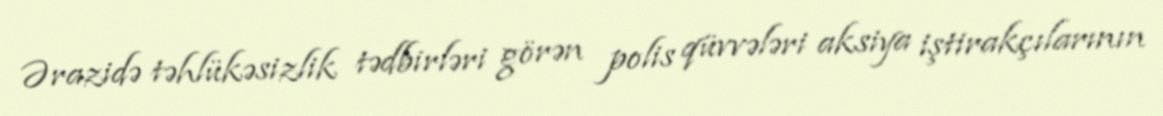
Ərazidə təhlükəsizlik tədbirləri görən polis qüvvələri aksiya iştirakçılarının